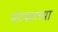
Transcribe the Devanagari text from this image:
मंटफटच्या